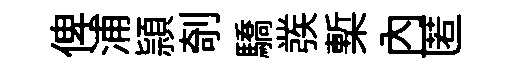
俾浦頴剞驕彂槧内匿